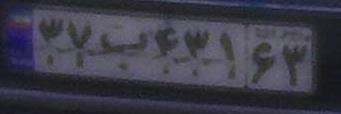
۳۷ب۴۳۱۶۳